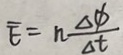
\overline { E } = n \frac { \Delta \Phi } { \Delta t }